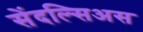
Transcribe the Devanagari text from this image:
सेंदल्सिअस